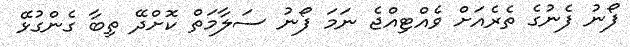
ފޯނު ފެނުގެ ތެރެއަށް ވެއްޓިއްޖެ ނަމަ ފޯނު ސަލާމަތް ކޮށްދޭ ތިބާ ގެންގުޅޭ